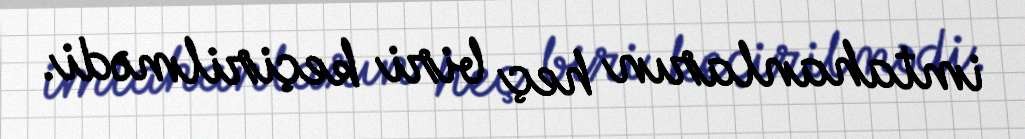
imtahanların heç biri keçirilmədi.